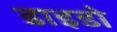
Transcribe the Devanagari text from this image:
डाइडो